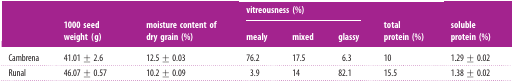
<table><thead><tr><td rowspan="2"></td><td rowspan="2"><b>1000 seed weight (g)</b></td><td rowspan="2"><b>moisture content of dry grain (%)</b></td><td colspan="3"><b>vitreousness (%)</b></td><td rowspan="2"><b>total protein (%)</b></td><td rowspan="2"><b>soluble protein (%)</b></td></tr><tr><td><b>mealy</b></td><td><b>mixed</b></td><td><b>glassy</b></td></tr></thead><tbody><tr><td>Cambrena</td><td>41.01 ± 2.6</td><td>12.5 ± 0.03</td><td>76.2</td><td>17.5</td><td>6.3</td><td>10</td><td>1.29 ± 0.02</td></tr><tr><td>Runal</td><td>46.07 ± 0.57</td><td>10.2 ± 0.09</td><td>3.9</td><td>14</td><td>82.1</td><td>15.5</td><td>1.38 ± 0.02</td></tr></tbody></table>